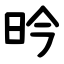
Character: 昑